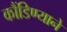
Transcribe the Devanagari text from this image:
कौंडिण्याने